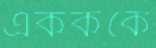
একককে